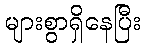
များစွာရှိနေပြီး